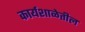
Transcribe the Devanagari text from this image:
कार्यशाळेतील